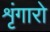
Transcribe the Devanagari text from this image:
शृंगारो